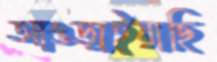
আওড়াইয়াছি